Annual administration report of the Civil Veterinary Department of India - 1905-1906
Year: 1905
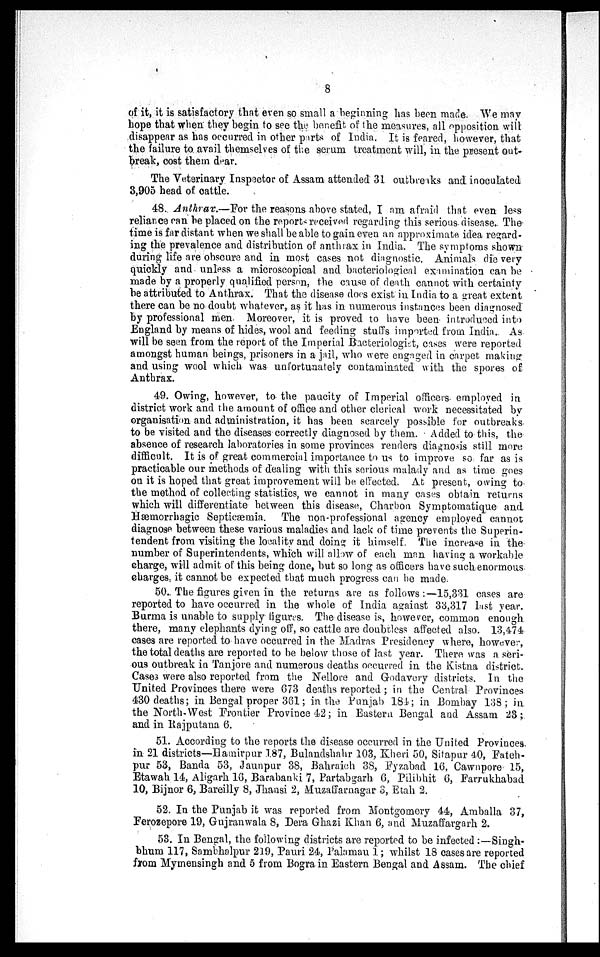
8
of it, it is satisfactory that even so small a beginning has been made. We may
hope that when they begin to see the benefit of the measures, all opposition will
disappear as has occurred in other parts of India. It is feared, however, that
the failure to avail themselves of the serum treatment will, in the present out-
break, cost them dear.
The Veterinary Inspector of Assam attended 31 outbreaks and inoculated
3,905 head of cattle.
48. Anthrax.—For the reasons above stated, I am afraid that even less
reliance can be placed on the reports received regarding this serious disease. The
time is far distant when we shall be able to gain even an approximate idea regard-
ing the prevalence and distribution of anthrax in India. The symptoms shown
during life are obscure and in most cases not diagnostic. Animals die very
quickly and unless a microscopical and bacteriological examination can be
made by a properly qualified person, the cause of death cannot with certainty
be attributed to Anthrax. That the disease does exist in India to a great extent
there can be no doubt whatever, as it has in numerous instances been diagnosed
by professional men. Moreover, it is proved to have been introduced into
England by means of hides, wool and feeding stuffs imported from India. As
will be seen from the report of the Imperial Bacteriologist, cases were reported
amongst human beings, prisoners in a jail, who were engaged in carpet making
and using wool which was unfortunately contaminated with the spores of
Anthrax.
49. Owing, however, to the paucity of Imperial officers employed in
district work and the amount of office and other clerical work necessitated by
organisation and administration, it has been scarcely possible for outbreaks
to be visited and the diseases correctly diagnosed by them. Added to this, the
absence of research laboratories in some provinces renders diagnosis still more
difficult. It is of great commercial importance to us to improve so far as is
practicable our methods of dealing with this serious malady and as time goes
on it is hoped that great improvement will be effected. At present, owing to
the method of collecting statistics, we cannot in many cases obtain returns
which will differentiate between this disease, Charbon Symptomatique and
Hæmorrhagic Septicæmia. The non-professional agency employed cannot
diagnose between these various maladies and lack of time prevents the Superin-
tendent from visiting the locality and doing it himself. The increase in the
number of Superintendents, which will allow of each man having a workable
charge, will admit of this being done, but so long as officers have such enormous
charges, it cannot be expected that much progress can be made.
50. The figures given in the returns are as follows :—15,331 cases are
reported to have occurred in the whole of India against 33,317 Last year.
Burma is unable to supply figures. The disease is, however, common enough
there, many elephants dying off, so cattle are doubtless affected also. 13,474
cases are reported to have occurred in the Madras Presidency where, however,
the total deaths are reported to be below those of last year. There was a seri-
ous outbreak in Tanjore and numerous deaths occurred in the Kistna district.
Cases were also reported from the Nellore and Godavory districts. In the
United Provinces there were 673 deaths reported ; in the Central Provinces
430 deaths; in Bengal proper 361; in the Punjab 184 ; in Bombay 138 ; in
the North-West Frontier Province 42; in Eastern Bengal and Assam 23;
and in Rajputana 6.
51. According to the reports the disease occurred in the United Provinces
in 21 districts—Hamirpur 187, Bulandshahr 103, Kheri 50, Sitapur 40, Fateh-
pur 53, Banda 53, Jaunpur 38, Bahraich 38, Fyzabad 16, Cawnpore 15,
Etawah 14, Aligarh 16, Barabanki 7, Partabgarh 6, Pilibhit 6, Farrukhabad
10, Bijnor 6, Bareilly 8, Jhansi 2, Muzaffarnagar 3, Etah 2.
52. In the Punjab it was reported from Montgomery 44, Amballa 37,
Ferozepore 19, Gujranwala 8, Dera Ghazi Khan 6, and Muzaffargarh 2.
53. In Bengal, the following districts are reported to be infected :—Singh-
bhum 117, Sambhalpur 219, Pauri 24, Palamau 1; whilst 18 cases are reported
from Mymensingh and 5 from Bogra in Eastern Bengal and Assam. The chief